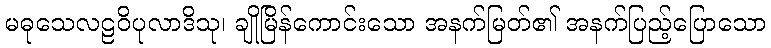
မဓုသေလဠဝိပုလာဒိသု၊ ချိုမြိန်ကောင်းသော အနက်မြတ်၏ အနက်ပြည့်ပြောသော